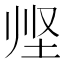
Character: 𱖣